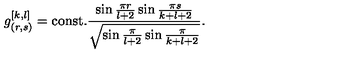
g _ { ( r , s ) } ^ { [ k , l ] } = \mathrm { c o n s t . } { \frac { \sin { \frac { \pi r } { l + 2 } } \sin { \frac { \pi s } { k + l + 2 } } } { \sqrt { \sin { \frac { \pi } { l + 2 } } \sin { \frac { \pi } { k + l + 2 } } } } } .